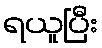
ရယူပြီး